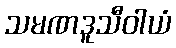
သမဏဒူသီဝါယံ